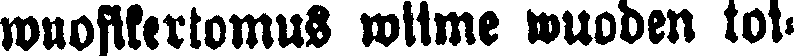
wuosikertomus wiime wuoden toi-